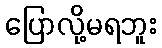
ပြောလို့မရဘူး